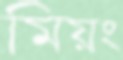
মিয়ং